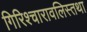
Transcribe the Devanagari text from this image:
गिरिश्चारावलिस्तथा